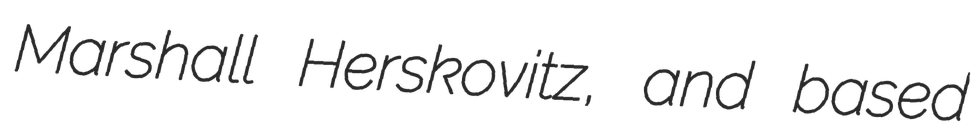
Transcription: Marshall Herskovitz, and based